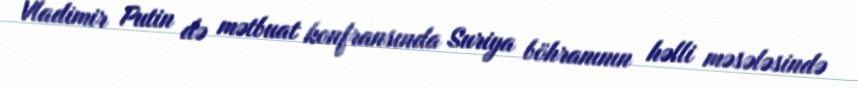
Vladimir Putin də mətbuat konfransında Suriya böhranının həlli məsələsində